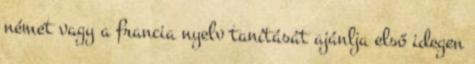
német vagy a francia nyelv tanítását ajánlja első idegen